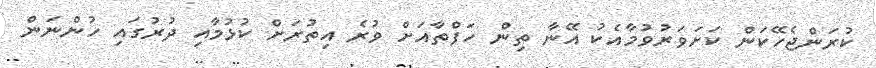
ކުރަންޖެހޭކަން ކަށަވަރުވުމާއެކު އޭނާ ތިން ހަފްތާއަށް ވުރެ އިތުރަށް ކުޅުމާއި ދުރުގައި ހުންނަން